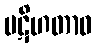
ပဋိဟတာဝ